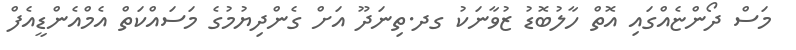
މަސް ދޯންޏެއްގައި އޮތް ހާލުބޮޑު ޒުވާނަކު ގދ.ތިނަދޫ އަށް ގެންދިޔުމުގެ މަސައްކަތް އެމްއެންޑީއެފް